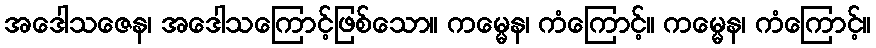
အဒေါသဇေန၊ အဒေါသကြောင့်ဖြစ်သော။ ကမ္မေန၊ ကံကြောင့်။ ကမ္မေန၊ ကံကြောင့်။